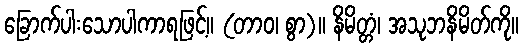
ခြောက်ပါးသောပါကာရဖြင့်။ (တာဝ၊ စွာ)။ နိမိတ္တံ၊ အသုဘနိမိတ်ကို။